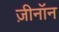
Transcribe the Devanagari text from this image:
ज़ीनॉन